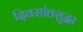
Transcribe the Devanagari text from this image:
दिवसांतसुद्धा